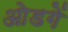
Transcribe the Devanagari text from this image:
ओडगें